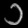
Digit: ၁